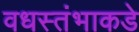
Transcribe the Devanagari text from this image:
वधस्तंभाकडे